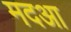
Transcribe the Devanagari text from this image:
मदआ